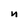
Character: n